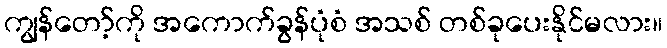
ကျွန်တော့်ကို အကောက်ခွန်ပုံစံ အသစ် တစ်ခုပေးနိုင်မလား။